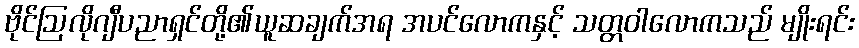
ဗိုင်ဩလိုဂျီပညာရှင်တို့၏ယူဆချက်အရ အပင်လောကနှင့် သတ္တဝါလောကသည် မျိုးရင်း